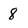
Character: 8